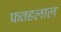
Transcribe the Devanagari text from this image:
फतहलाल